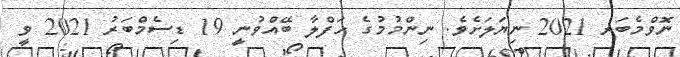
ނޮވްމެބަރ 2021 ނިޔަލަށެވެ. ނިންމުމުގެ ހަފްލާ ބޭއްވުނީ 19 ޑިސެމްބަރު 2021 ވީ